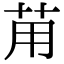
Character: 苚